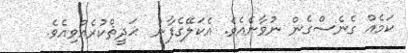
ކަމެއް ގެނެސްގެން ނުވާނެއެވެ. އެކަލޭގެފާނު  ޙަދީޘްކުރެއްވިއެވެ.